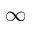
\infty